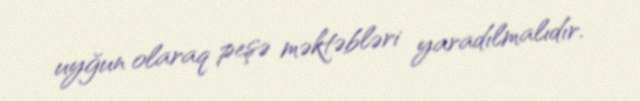
uyğun olaraq peşə məktəbləri yaradılmalıdır.